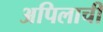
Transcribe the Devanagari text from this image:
अपिलाची